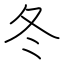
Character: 冬